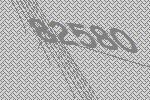
82580